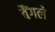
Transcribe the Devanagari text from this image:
बैंगले